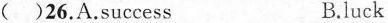
( )26. A.success B.luck